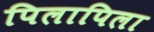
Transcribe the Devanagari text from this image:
पिलापिला